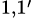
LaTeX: _{1,1^{\prime}}